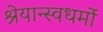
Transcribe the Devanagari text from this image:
श्रेयान्स्वधर्मो